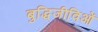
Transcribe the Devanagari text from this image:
बुद्धिजीविओं